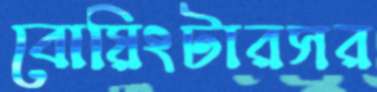
বোয়িংটারসর